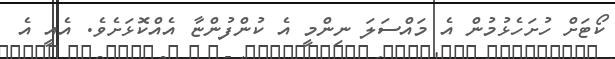
ކޯޓަށް ހުށަހެޅުމުން އެ މައްސަލަ ނިންމީ އެ ކުންފުންޏާ އެއްކޮޅަށެވެ. އެއީ އެ